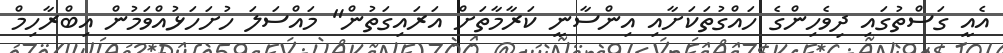
އެއީ ގަސްތުގައި ދިވެހިންގެ ހައްގުތަކަށާއި އިންސާނީ ކަރާމާތަށް އަރައިގަތުން" މައްސަލަ ހުށަހަޅުއްވަމުން އިބްރާހިމް